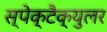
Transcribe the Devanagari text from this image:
स्पेक्टैक्युलर